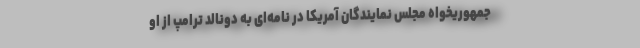
جمهوریخواه مجلس نمایندگان آمریکا در نامه‌ای به دونالد ترامپ از او